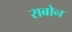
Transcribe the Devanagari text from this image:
राबोन